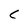
Character: C